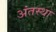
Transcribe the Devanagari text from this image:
अंंतस्था